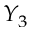
Y _ { 3 }